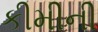
કીમીની